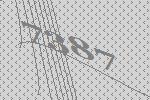
7387